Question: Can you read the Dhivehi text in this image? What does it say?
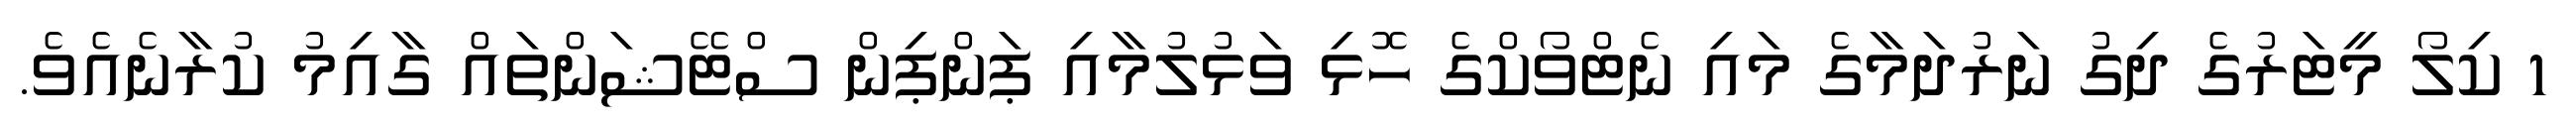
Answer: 1 ކިލޯ މީޓަރުގެ ދިގު ނަރުދަމާގެ މައި ނެޓްވޯކްގެ ހޮޅި ވަޅުލުމާއި ޕަންޕިން ސްޓޭޝަންތައް ގާއިމު ކުރާނެއެވެ.